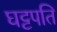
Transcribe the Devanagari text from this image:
घट्टपति